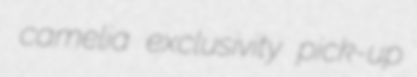
camelia exclusivity pick-up